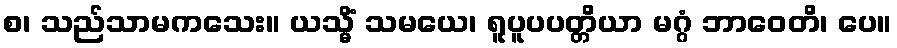
စ၊ သည်သာမကသေး။ ယသ္မိံ သမယေ၊ ရူပူပပတ္တိယာ မဂ္ဂံ ဘာဝေတိ၊ ပေ။